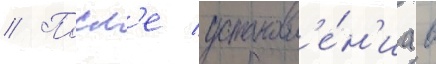
// Посл'е установл'е́н'иа в